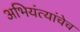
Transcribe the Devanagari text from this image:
अभियंत्यांचेच